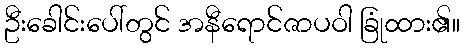
ဦးခေါင်းပေါ်တွင် အနီရောင်ဇာပဝါ ခြုံထား၏။